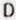
D